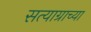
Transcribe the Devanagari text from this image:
सत्याग्राच्या